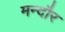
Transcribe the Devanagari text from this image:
मन्दौर